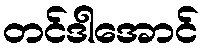
တင်ဒါအောင်